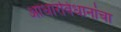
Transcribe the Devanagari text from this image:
आधारविधानांचा